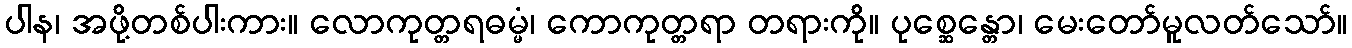
ပါန၊ အဖို့တစ်ပါးကား။ လောကုတ္တရဓမ္မံ၊ ကောကုတ္တရာ တရားကို။ ပုစ္ဆေန္တော၊ မေးတော်မူလတ်သော်။